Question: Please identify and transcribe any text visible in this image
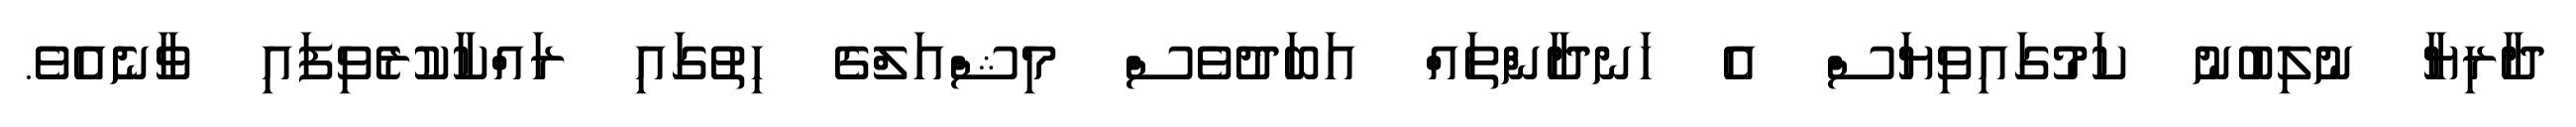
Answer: ދާރިޔާ ނުލިބުނު ކަމުގައިވިޔަސް އެ ހަނދާންތައް އަބަދުވެސް މިޝްއަލްގެ ހިތުގައި ރައްކާކުރެވިފައި ވާނެއެވެ.